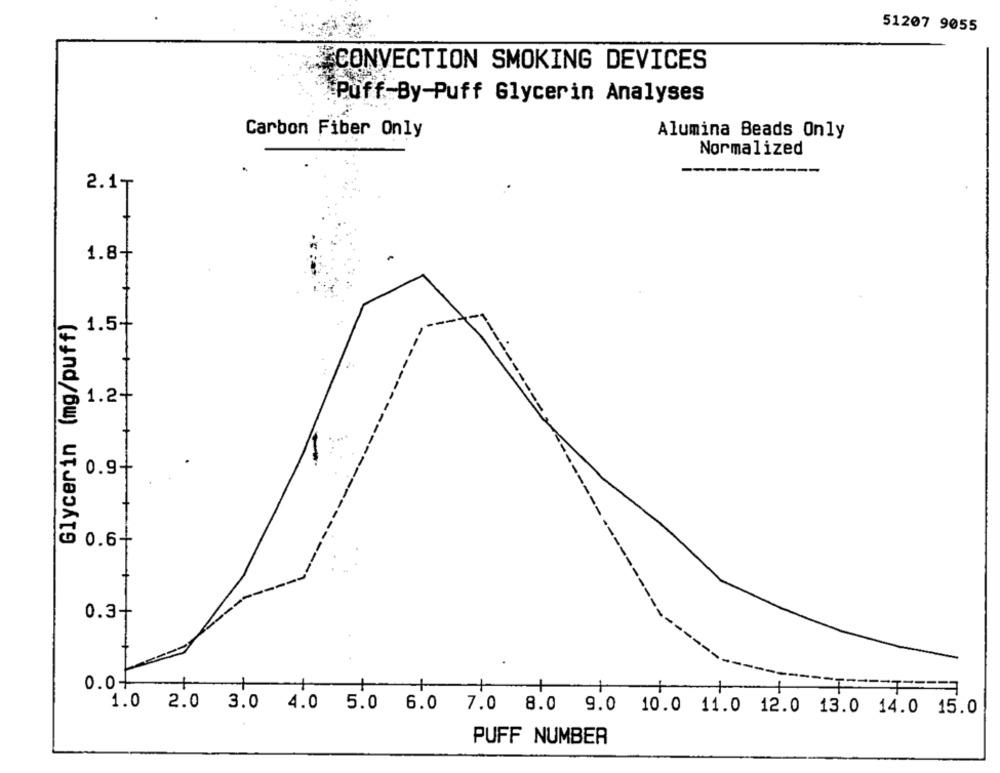
51207 9055
CONVECTION SMOKING DEVICES
Puff-By-Puff Glycerin Analyses
Carbon Fiber Only
Alumina Beads Only
Normalized
2.1T
1.8+
Glycerin (mg/puff)
1.54
1.2+
0.9-
0.6+
0.3-
0.04
1
1
1.0 2.0 3.0 4.0 5.0 6.0 7.0 8.0 9.0 10.0 11.0 12.0 13.0 14.0 15.0
PUFF NUMBER